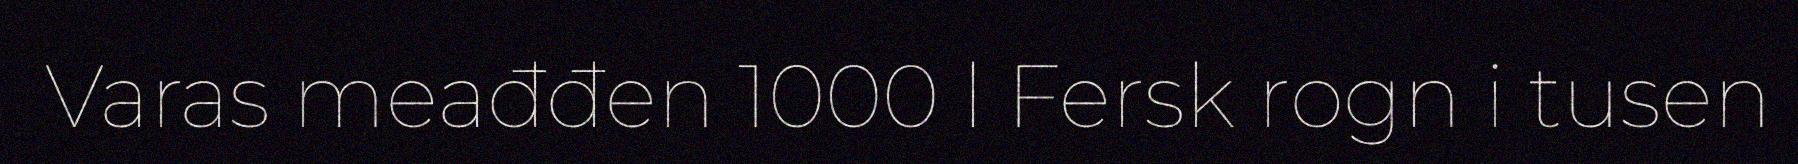
Varas meađđen 1000 l Fersk rogn i tusen